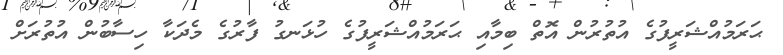
ޙަރަމުއްޝަރީފުގެ އުތުރުން އޮތް ބިމާއި ޙަރަމުއްޝަރީފުގެ ހުޅަނގު ފާރުގެ މެދަކާ ހިސާބުން އުތުރަށް